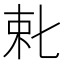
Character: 𬂥